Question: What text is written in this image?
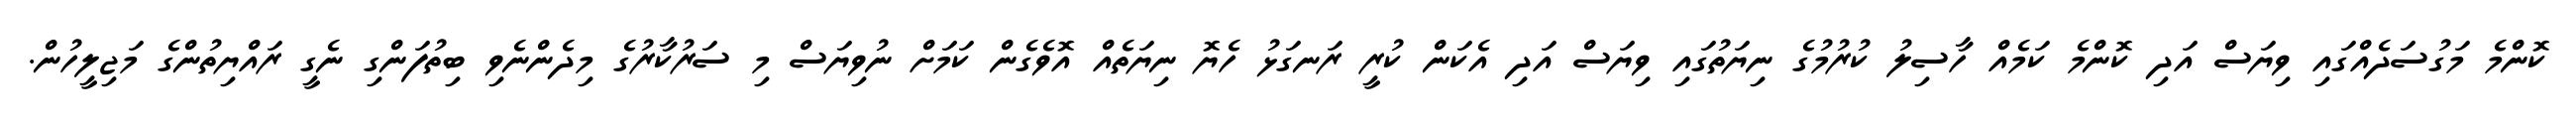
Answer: ކޮންމެ މަގުސަދެއްގައި ވިޔަސް އަދި ކޮންމެ ކަމެއް ހާސިލު ކުރުމުގެ ނިޔަތުގައި ވިޔަސް އަދި އެކަން ކުރީ ރަނގަޅު ހެޔޮ ނިޔަތެއް އޮވެގެން ކަމަށް ނުވިޔަސް މި ސަރުކާރުގެ މިދެންނެވި ބިތުފަންގި ނެގީ ރައްޔިތުންގެ މަޖިލީހުން.